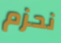
نحزم